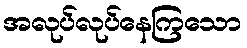
အလုပ်လုပ်နေကြသော